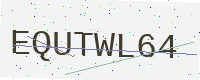
Text: EQUTWL64